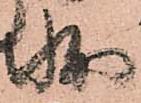
状